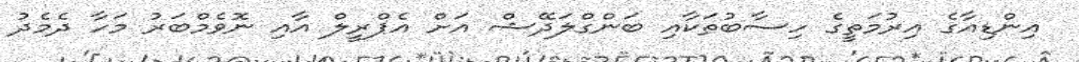
އިންޑިއާގެ އިރުމަތީގެ ހިސާބުތަކާއި ބަންގްލަދޭޝް އަށް އެޕްރީލް އާއި ނޮވެމްބަރު މަހާ ދެމެދު